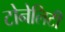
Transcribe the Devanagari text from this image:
टोनेलिटी